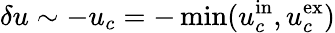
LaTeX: \delta u\sim-u_{c}=-\operatorname*{min}(u_{c}^{\mathrm{in}},u_{c}^{\mathrm{ex}})